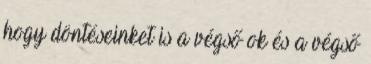
hogy döntéseinket is a végső ok és a végső